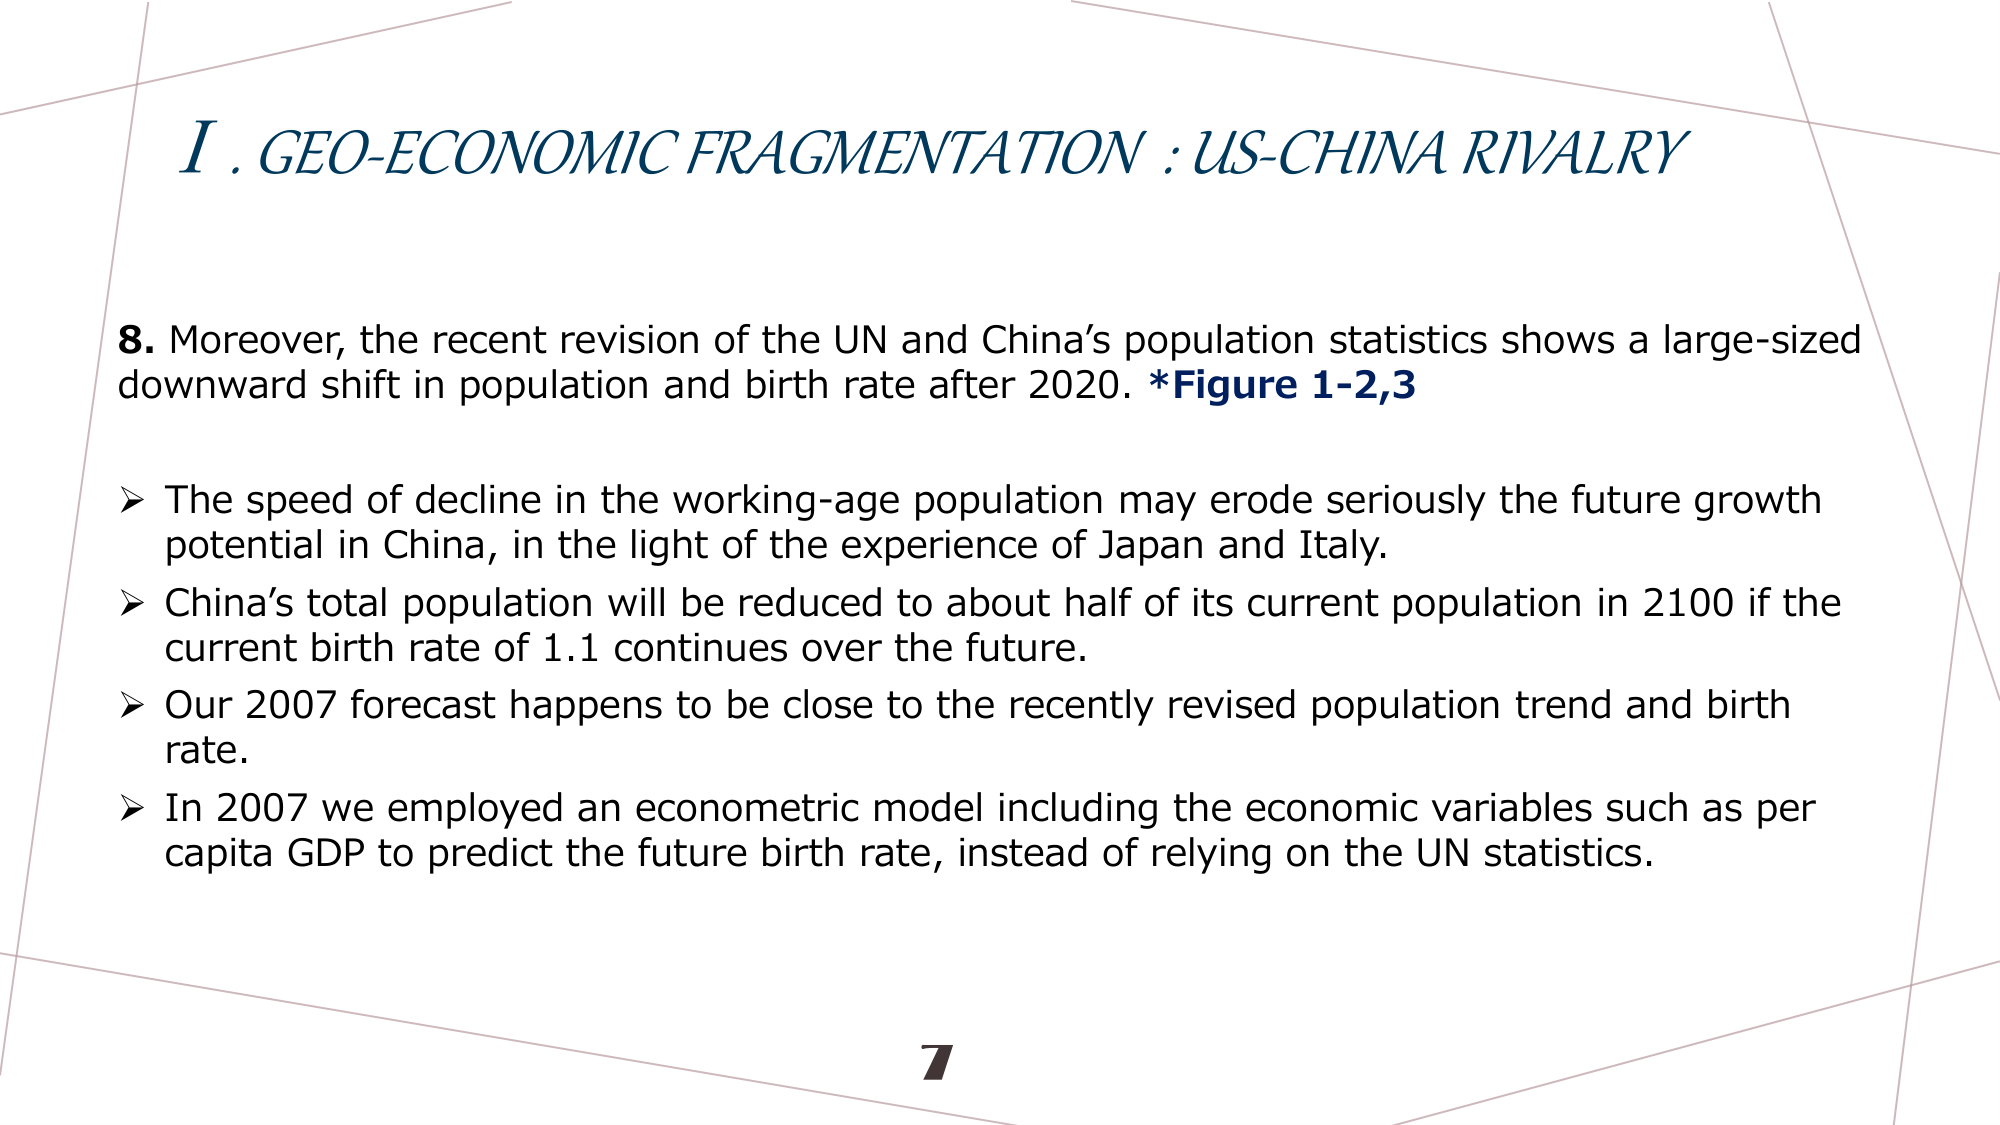
I. GEO-ECONOMIC FRAGMENTATION : US-CHINA RIVALRY

8. Moreover, the recent revision of the UN and China’s population statistics shows a large-sized downward shift in population and birth rate after 2020. *Figure 1-2,3

➤ The speed of decline in the working-age population may erode seriously the future growth potential in China, in the light of the experience of Japan and Italy.
➤ China’s total population will be reduced to about half of its current population in 2100 if the current birth rate of 1.1 continues over the future.
➤ Our 2007 forecast happens to be close to the recently revised population trend and birth rate.
➤ In 2007 we employed an econometric model including the economic variables such as per capita GDP to predict the future birth rate, instead of relying on the UN statistics.

7